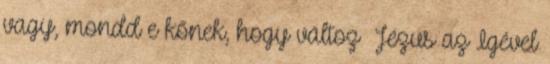
vagy, mondd e kőnek, hogy változ− Jézus az Igével